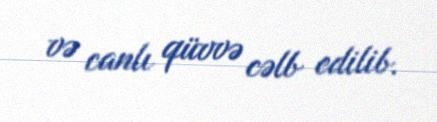
və canlı qüvvə cəlb edilib.